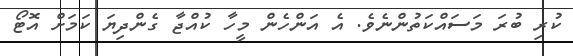
ކުރި ބުރަ މަސައްކަތުންނެވެ. އެ އަންހެން މީހާ ކުއްޖާ ގެންދިޔަ ކަމަށް އޮޓޯ